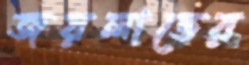
জয়লাভের